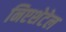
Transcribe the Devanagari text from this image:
निएशेटेल